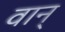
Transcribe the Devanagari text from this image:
वान्